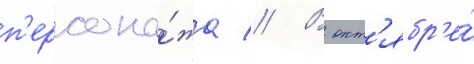
п'ерсона́жа // В окт'ябр'е́